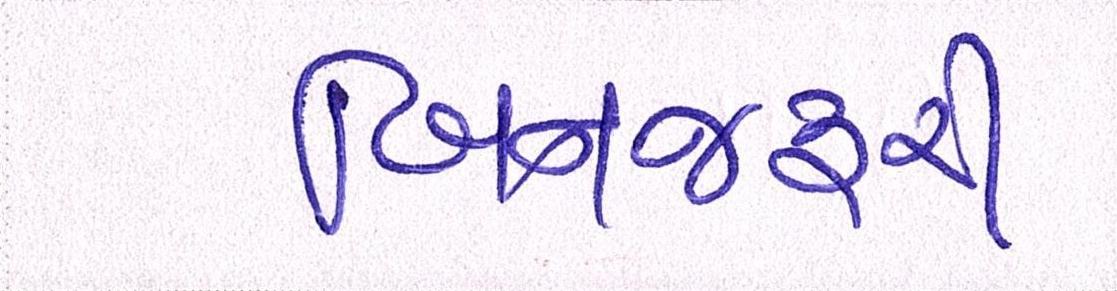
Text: બિનજરૂરી